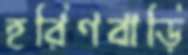
হরিণবাড়ি